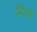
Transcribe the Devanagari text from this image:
बित्या